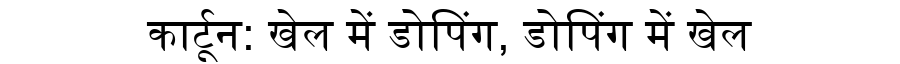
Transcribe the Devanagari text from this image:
कार्टून: खेल में डोपिंग, डोपिंग में खेल